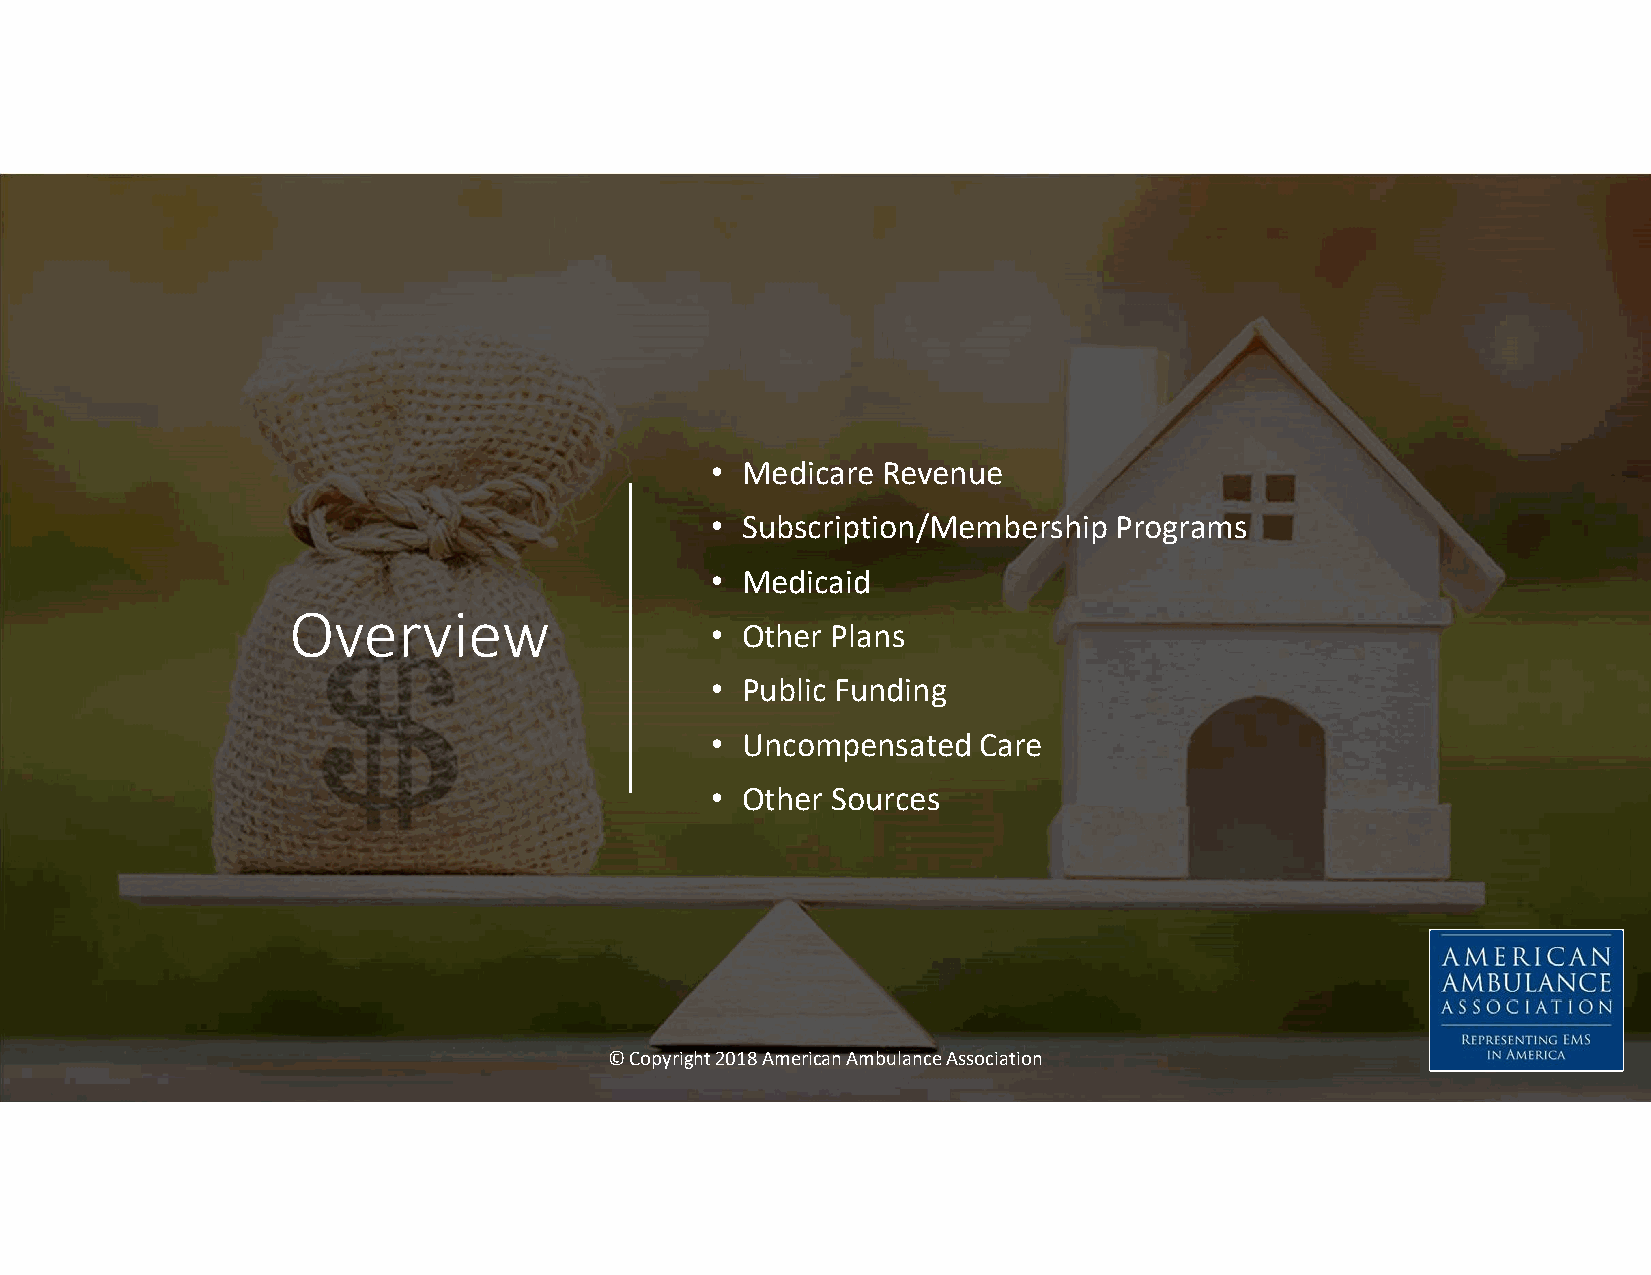
• Medicare Revenue
 • Subscription/Membership  Programs
 • Medicaid
 Overview
 • Other Plans
 • Public Funding
 • Uncompensated   Care
 • Other Sources
 © Copyright 2018 American Ambulance Association